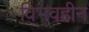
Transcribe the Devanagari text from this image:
विभवहीन